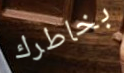
بخاطرك